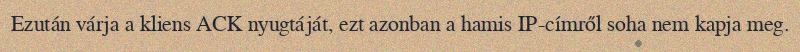
Ezután várja a kliens ACK nyugtáját, ezt azonban a hamis IP-címről soha nem kapja meg.